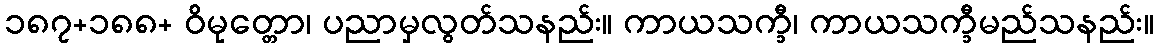
၁၈၇+၁၈၈+ ဝိမုတ္တော၊ ပညာမှလွတ်သနည်း။ ကာယသက္ခီ၊ ကာယသက္ခီမည်သနည်း။